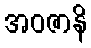
အဝဇာနိ